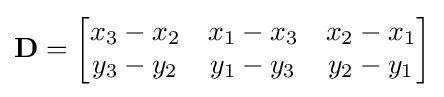
\mathbf {D} =\left[{\begin{matrix}x_{3}-x_{2}&x_{1}-x_{3}&x_{2}-x_{1}\\y_{3}-y_{2}&y_{1}-y_{3}&y_{2}-y_{1}\end{matrix}}\right]